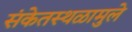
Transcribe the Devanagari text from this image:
संकेतस्थळामुले